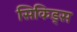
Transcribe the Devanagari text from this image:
सिकिड्स